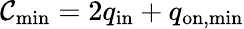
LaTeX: \mathcal{C}_{\mathrm{{min}}}=2q_{\mathrm{{in}}}+q_{\mathrm{{on,min}}}